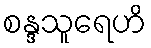
စန္ဒသူရေဟိ